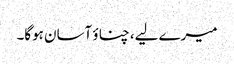
میرے لیے، چناؤ آسان ہوگا۔